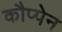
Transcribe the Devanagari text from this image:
कौप्पेन